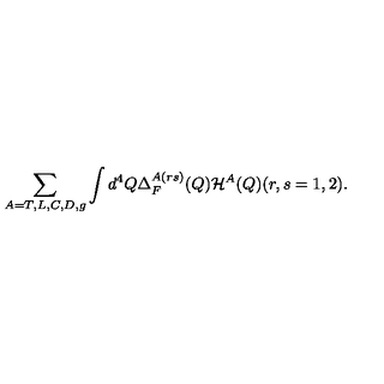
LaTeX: \sum _ { A = T , L , C , D , g } \int d ^ { 4 } Q \Delta _ { F } ^ { A ( r s ) } ( Q ) { \cal H } ^ { A } ( Q ) ( r , s = 1 , 2 ) .